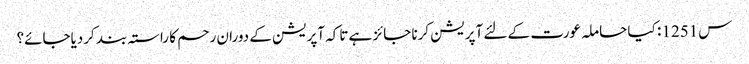
س1251 : کیا حاملہ عورت کے لئے آپریشن کرنا جائز ہے تاکہ آپریشن کے دوران رحم کا راستہ بند کردیاجائے؟